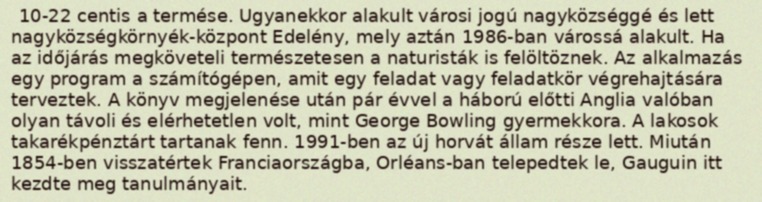
10-22 centis a termése. Ugyanekkor alakult városi jogú nagyközséggé és lett nagyközségkörnyék-központ Edelény, mely aztán 1986-ban várossá alakult. Ha az időjárás megköveteli természetesen a naturisták is felöltöznek. Az alkalmazás egy program a számítógépen, amit egy feladat vagy feladatkör végrehajtására terveztek. A könyv megjelenése után pár évvel a háború előtti Anglia valóban olyan távoli és elérhetetlen volt, mint George Bowling gyermekkora. A lakosok takarékpénztárt tartanak fenn. 1991-ben az új horvát állam része lett. Miután 1854-ben visszatértek Franciaországba, Orléans-ban telepedtek le, Gauguin itt kezdte meg tanulmányait.